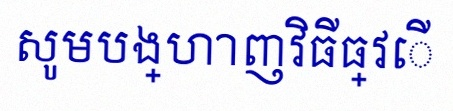
សូមបង្ហាញវិធីធ្វើ